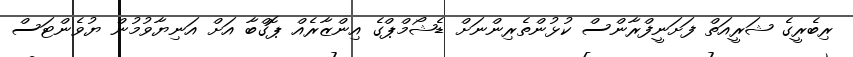
ރިބެރީގެ ޝަރީއަތް ފަށަނީފްރާންސް ކުޅުންތެރިންނަށް ޑެޝޯމްޕްގެ އިންޒާރެއް ޕޮގްބާ އަށް އަނިޔާވުމުން ޔުވެންޓަސް